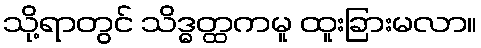
သို့ရာတွင် သိဒ္ဓတ္ထကမူ ထူးခြားမလာ။